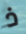
ذ